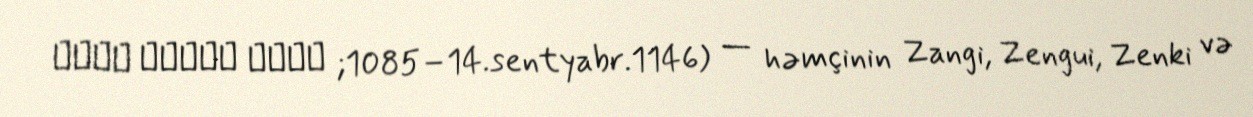
عماد الدین زنكي ;1085–14.sentyabr.1146) — həmçinin Zangi, Zengui, Zenki və